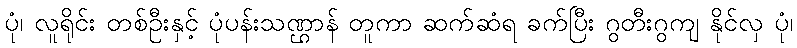
ပုံ၊ လူရိုင်း တစ်ဦးနှင့် ပုံပန်းသဏ္ဌာန် တူကာ ဆက်ဆံရ ခက်ပြီး ဂွတီးဂွကျ နိုင်လှ ပုံ၊